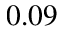
0 . 0 9